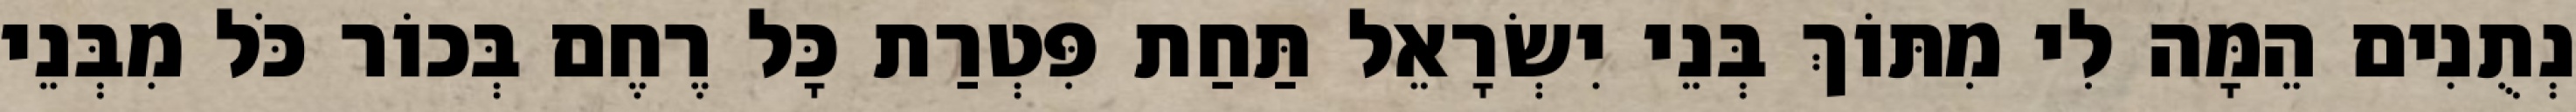
נְתֻנִים הֵמָּה לִי מִתּוֹךְ בְּנֵי יִשְׂרָאֵל תַּחַת פִּטְרַת כָּל רֶחֶם בְּכוֹר כֹּל מִבְּנֵי